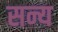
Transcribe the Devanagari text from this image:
सन्य